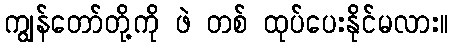
ကျွန်တော်တို့ကို ဖဲ တစ် ထုပ်ပေးနိုင်မလား။